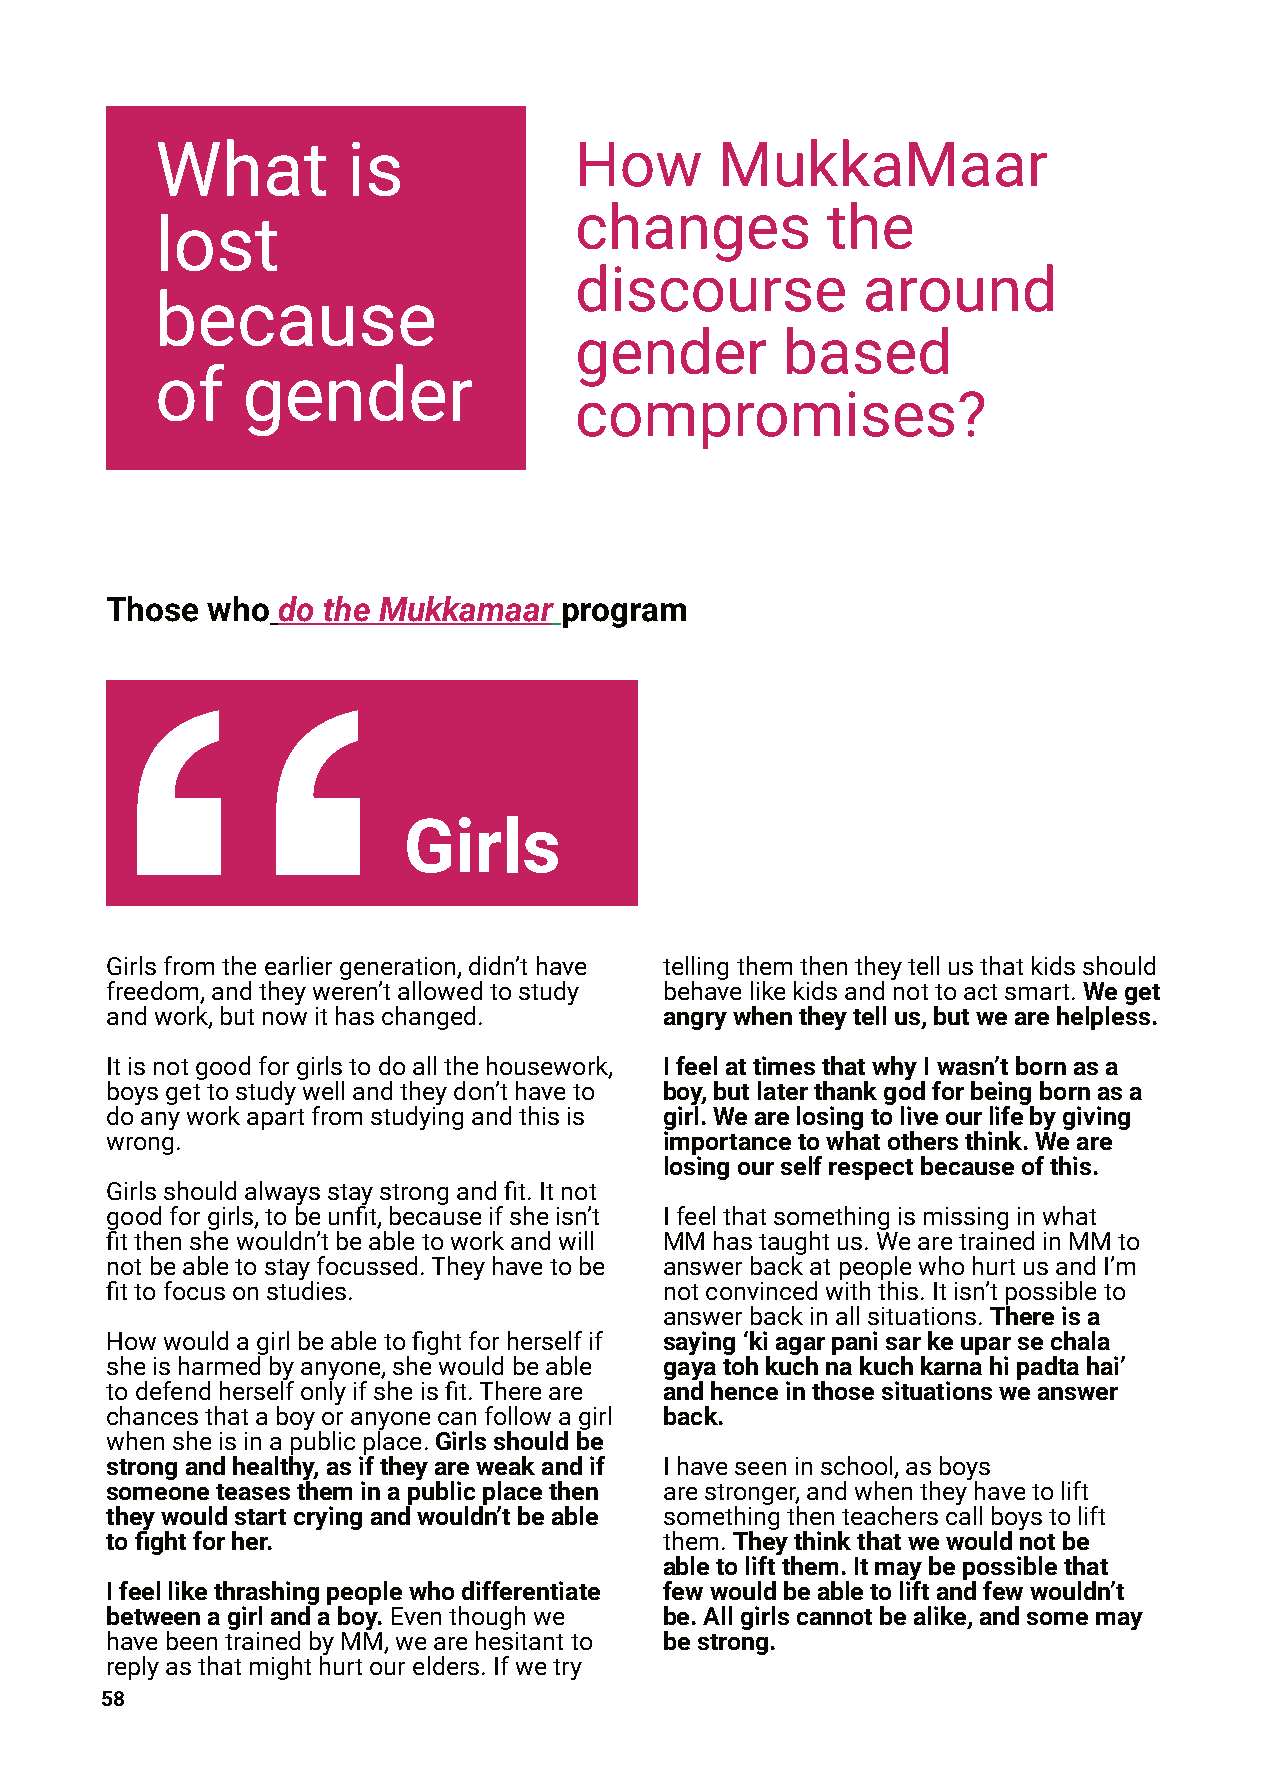
What         is             How       MukkaMaar
 changes          the
 lost
 discourse          around
 because
 gender        based
 of    gender
 compromises?
 Those  who do the Mukkamaar   program
 Girls
 Girlsfromtheearliergeneration,didn’thave tellingthemthentheytellusthatkidsshould
 freedom,andtheyweren’tallowedtostudy behavelikekidsandnottoactsmart.Weget
 andwork,butnowithaschanged.          angrywhentheytellus,butwearehelpless.
 Itisnotgoodforgirlstodoallthehousework, IfeelattimesthatwhyIwasn’tbornasa
 boysgettostudywellandtheydon’thaveto boy,butlaterthankgodforbeingbornasa
 doanyworkapartfromstudyingandthisis  girl.Wearelosingtoliveourlifebygiving
 wrong.                               importancetowhatothersthink.Weare
 losingourselfrespectbecauseofthis.
 Girlsshouldalwaysstaystrongandfit.Itnot
 goodforgirls,tobeunfit,becauseifsheisn’t Ifeelthatsomethingismissinginwhat
 fitthenshewouldn’tbeabletoworkandwill MMhastaughtus.WearetrainedinMMto
 notbeabletostayfocussed.Theyhavetobe answerbackatpeoplewhohurtusandI’m
 fittofocusonstudies.                 notconvincedwiththis.Itisn’tpossibleto
 answerbackinallsituations.Thereisa
 Howwouldagirlbeabletofightforherselfif saying‘kiagarpanisarkeuparsechala
 sheisharmedbyanyone,shewouldbeable   gayatohkuchnakuchkarnahipadtahai’
 todefendherselfonlyifsheisfit.Thereare andhenceinthosesituationsweanswer
 chancesthataboyoranyonecanfollowagirl back.
 whensheisinapublicplace.Girlsshouldbe
 strongandhealthy,asiftheyareweakandif Ihaveseeninschool,asboys
 someoneteasestheminapublicplacethen  arestronger,andwhentheyhavetolift
 theywouldstartcryingandwouldn’tbeable somethingthenteacherscallboystolift
 tofightforher.                       them.Theythinkthatwewouldnotbe
 abletoliftthem.Itmaybepossiblethat
 Ifeellikethrashingpeoplewhodifferentiate fewwouldbeabletoliftandfewwouldn’t
 betweenagirlandaboy.Eventhoughwe     be.Allgirlscannotbealike,andsomemay
 havebeentrainedbyMM,wearehesitantto  bestrong.
 replyasthatmighthurtourelders.Ifwetry
 58